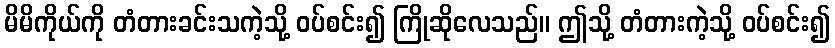
မိမိကိုယ်ကို တံတားခင်းသကဲ့သို့ ဝပ်စင်း၍ ကြိုဆိုလေသည်။ ဤသို့ တံတားကဲ့သို့ ဝပ်စင်း၍